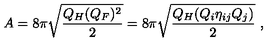
A = 8 \pi \sqrt { \frac { Q _ { H } ( Q _ { F } ) ^ { 2 } } { 2 } } = 8 \pi \sqrt { \frac { Q _ { H } ( Q _ { i } \eta _ { i j } Q _ { j } ) } { 2 } } \ ,